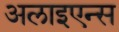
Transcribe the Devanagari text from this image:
अलाइएन्स